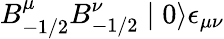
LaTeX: B_{-1/2}^{\mu}B_{-1/2}^{\nu}\mid 0\rangle\epsilon_{\mu\nu}